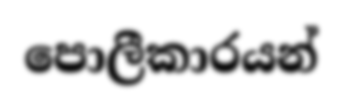
පොලීකාරයන්